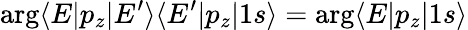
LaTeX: \arg\langle E|p_{z}|E^{\prime}\rangle\langle E^{\prime}|p_{z}|1s\rangle=\arg\langle E|p_{z}|1s\rangle